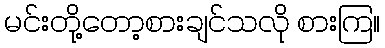
မင်းတို့တော့စားချင်သလို စားကြ။